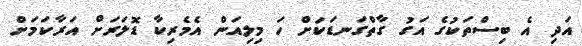
އަދި އެ ބިސްތަކުގެ އަގު ގާތްގަނޑަކަށް ހަ މިލިއަން އެމެރިކާ ޑޮލަރަށް އަރާކަމަށް